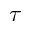
\tau